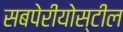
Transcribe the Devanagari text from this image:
सबपेरीयोस्टील